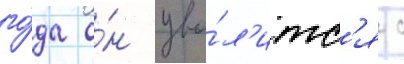
го́да о́н уво́л'итс'я с